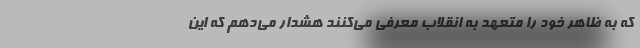
که به ظاهر خود را متعهد به انقلاب معرفی می‌کنند هشدار می‌دهم که این